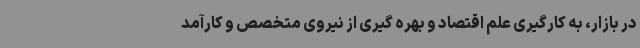
در بازار، به کارگیری علم اقتصاد و بهره گیری از نیروی متخصص و کارآمد